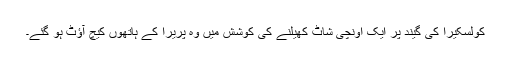
کولسکیرا کی گیند پر ایک اونچی شاٹ کھیلنے کی کوشش میں وہ پریرا کے ہاتھوں کیچ آؤٹ ہو گئے۔